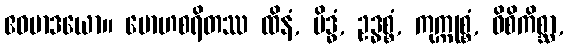
ဧဝမာဒယော။ မောဟစရိတဿ ထိနံ, မိဒ္ဓံ, ဥဒ္ဓစ္စံ, ကုက္ကုစ္စံ, ဝိစိကိစ္ဆာ,